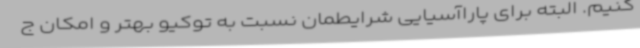
کنیم. البته برای پاراآسیایی شرایطمان نسبت به توکیو بهتر و امکان ج